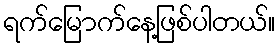
ရက်မြောက်နေ့ဖြစ်ပါတယ်။